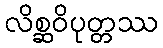
လိစ္ဆဝိပုတ္တဿ